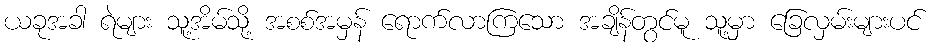
ယခုအခါ ရဲများ သူ့အိမ်သို့ အစစ်အမှန် ရောက်လာကြသော အချိန်တွင်မူ သူ့မှာ ခြေလှမ်းများပင်